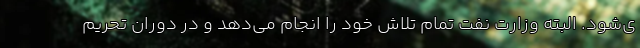
ی‌شود. البته وزارت نفت تمام تلاش خود را انجام می‌دهد و در دوران تحریم